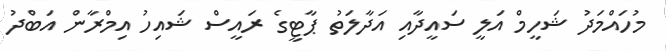
މުހައްމަދު ޝަހީމް އަލީ ސައީދާއި އަދާލަތު ޕާޓީގެ ރައީސް ޝައިހު އިމްރާން އަބްދު